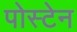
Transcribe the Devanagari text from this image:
पोस्टेन